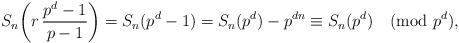
LaTeX: \begin{align*}S_{n}\!\left( r\,\frac{p^d-1}{p-1}\right)= S_{n}(p^d-1)= S_{n}(p^d) -p^{dn}\equiv S_{n}(p^d) \pmod{p^d},\end{align*}